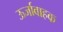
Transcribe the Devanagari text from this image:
ऊर्जावाहक